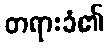
တရားခံ၏